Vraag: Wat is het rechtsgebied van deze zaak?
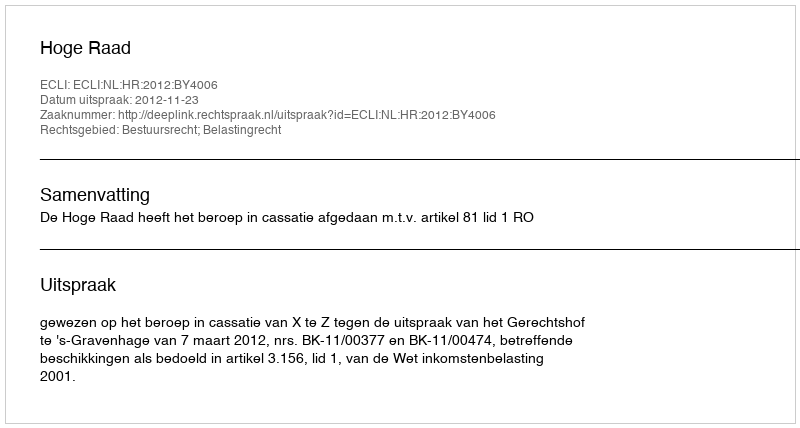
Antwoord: Bestuursrecht; Belastingrecht